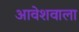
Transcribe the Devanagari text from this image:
आवेशवाला